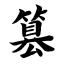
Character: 篡